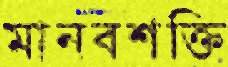
মানবশক্তি